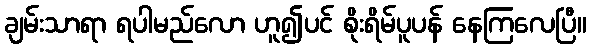
ချမ်းသာရာ ရပါမည်လော ဟူ၍ပင် စိုးရိမ်ပူပန် နေကြလေပြီ။